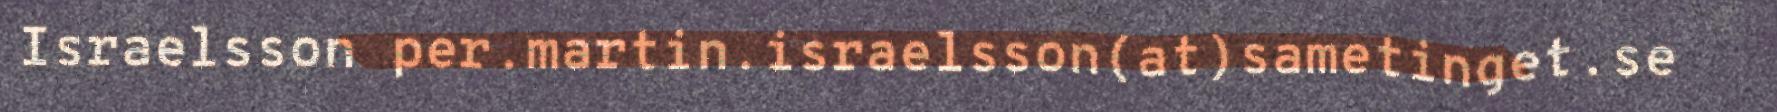
Israelsson per.martin.israelsson(at)sametinget.se